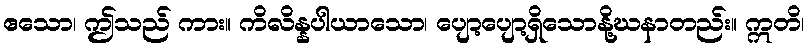
ဧသော၊ ဤသည် ကား။ ကိလိန္နပါယာသော၊ ပျော့ပျော့ရှိသောနို့ဃနာတည်း။ ဣတိ၊